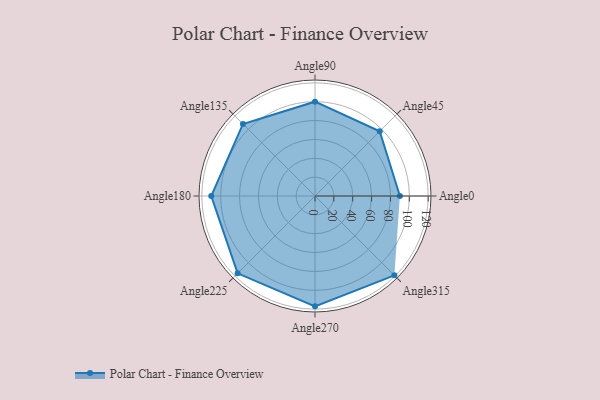
{"axis": {"x": "Angle", "y": "Radius"}, "legend": [""], "data": [{"x": "Angle0", "y": 90.0, "type": ""}, {"x": "Angle45", "y": 97.0, "type": ""}, {"x": "Angle90", "y": 100.0, "type": ""}, {"x": "Angle135", "y": 108.0, "type": ""}, {"x": "Angle180", "y": 110.0, "type": ""}, {"x": "Angle225", "y": 116.0, "type": ""}, {"x": "Angle270", "y": 117.0, "type": ""}, {"x": "Angle315", "y": 119.0, "type": ""}]}